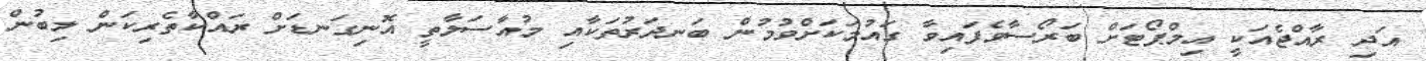
އަދި ރާއްޖެއަކީ އިމްޕޯޓަށް ބަރޯސާވެފައިވާ ގައުމަކަށްވުމުން ބަނދަރުތަކާއި މުއާސަލާތީ އޮނިގަނޑަށް ރައްކާތެރިކަން ލިބުން